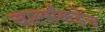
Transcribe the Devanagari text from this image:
चार्ल्सकडेच